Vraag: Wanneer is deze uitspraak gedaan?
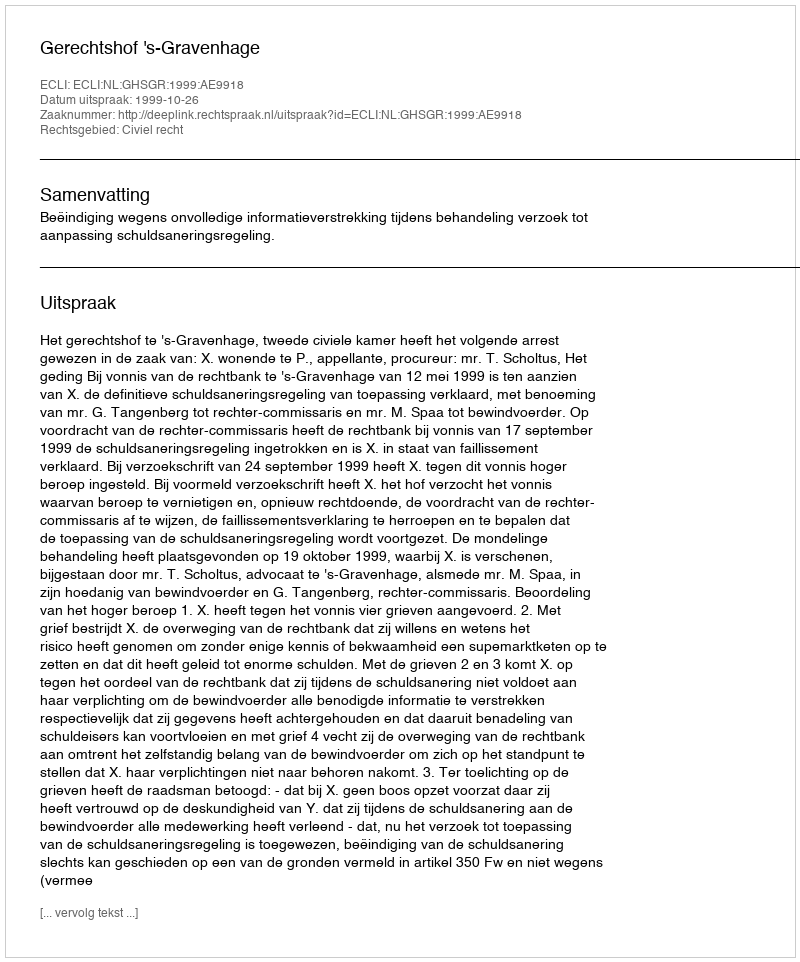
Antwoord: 1999-10-26